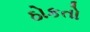
ઠોકતો